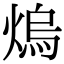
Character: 熓